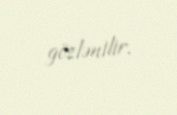
gözlənilir.